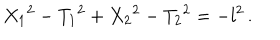
{ X _ { 1 } } ^ { 2 } - { T _ { 1 } } ^ { 2 } + { X _ { 2 } } ^ { 2 } - { T _ { 2 } } ^ { 2 } = - l ^ { 2 } \, .